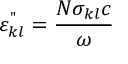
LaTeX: \varepsilon _ { k l } ^ { " } = { \frac { N \sigma _ { k l } c } { \omega } }